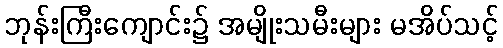
ဘုန်းကြီးကျောင်း၌ အမျိုးသမီးများ မအိပ်သင့်